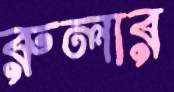
রুলার